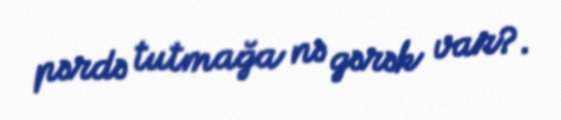
pərdə tutmağa nə gərək var?.